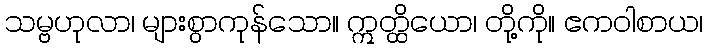
သမ္ဗဟုလာ၊ များစွာကုန်သော။ ဣတ္ထိယော၊ တို့ကို။ ဧကဝါစာယ၊